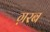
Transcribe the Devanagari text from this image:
ग़रब